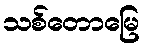
သစ်တောမြေ